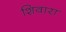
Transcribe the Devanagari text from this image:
शिवारा